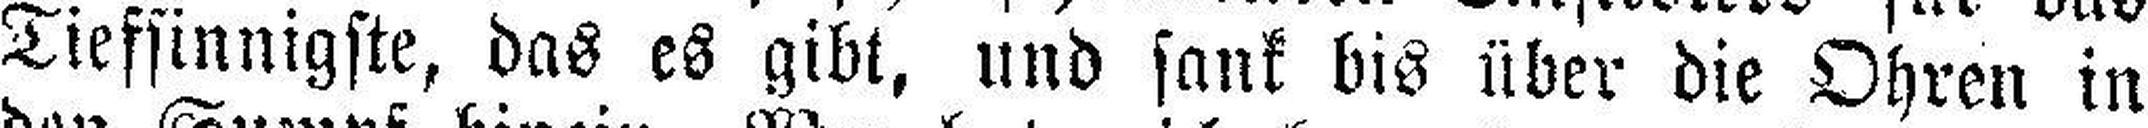
Tiefsinnigste, das es gibt, und sank bis über die Ohren in